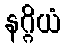
နဂ္ဂိယံ